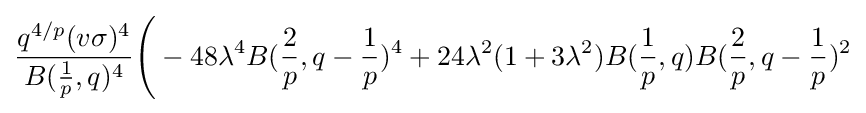
{\frac {q^{4/p}(v\sigma )^{4}}{B({\frac {1}{p}},q)^{4}}}{\Bigg (}-48\lambda ^{4}B({\frac {2}{p}},q-{\frac {1}{p}})^{4}+24\lambda ^{2}(1+3\lambda ^{2})B({\frac {1}{p}},q)B({\frac {2}{p}},q-{\frac {1}{p}})^{2}